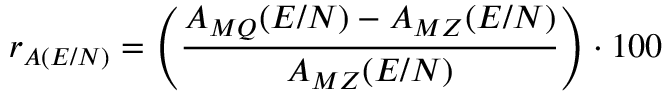
r _ { A ( E / N ) } = \left( \frac { A _ { M Q } ( E / N ) - A _ { M Z } ( E / N ) } { A _ { M Z } ( E / N ) } \right) \cdot 1 0 0